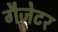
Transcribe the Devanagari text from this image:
गैज़ेटर